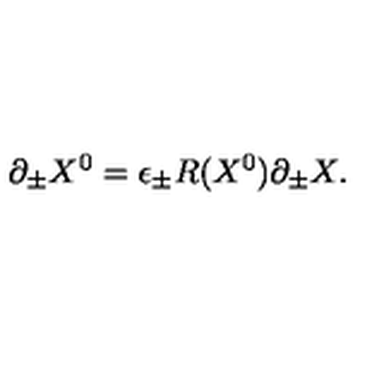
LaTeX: \partial _ { \pm } X ^ { 0 } = \epsilon _ { \pm } R ( X ^ { 0 } ) \partial _ { \pm } X .